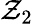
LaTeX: \mathcal{Z}_{2}